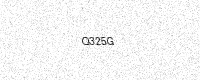
Text: Q325G